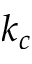
k _ { c }